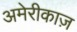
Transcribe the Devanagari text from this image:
अमेरीकाज़